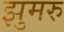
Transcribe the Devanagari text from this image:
झुमरु